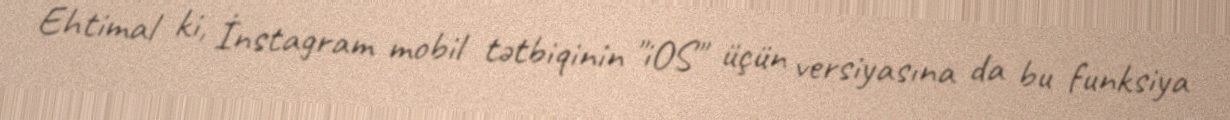
Ehtimal ki, İnstagram mobil tətbiqinin "iOS" üçün versiyasına da bu funksiya